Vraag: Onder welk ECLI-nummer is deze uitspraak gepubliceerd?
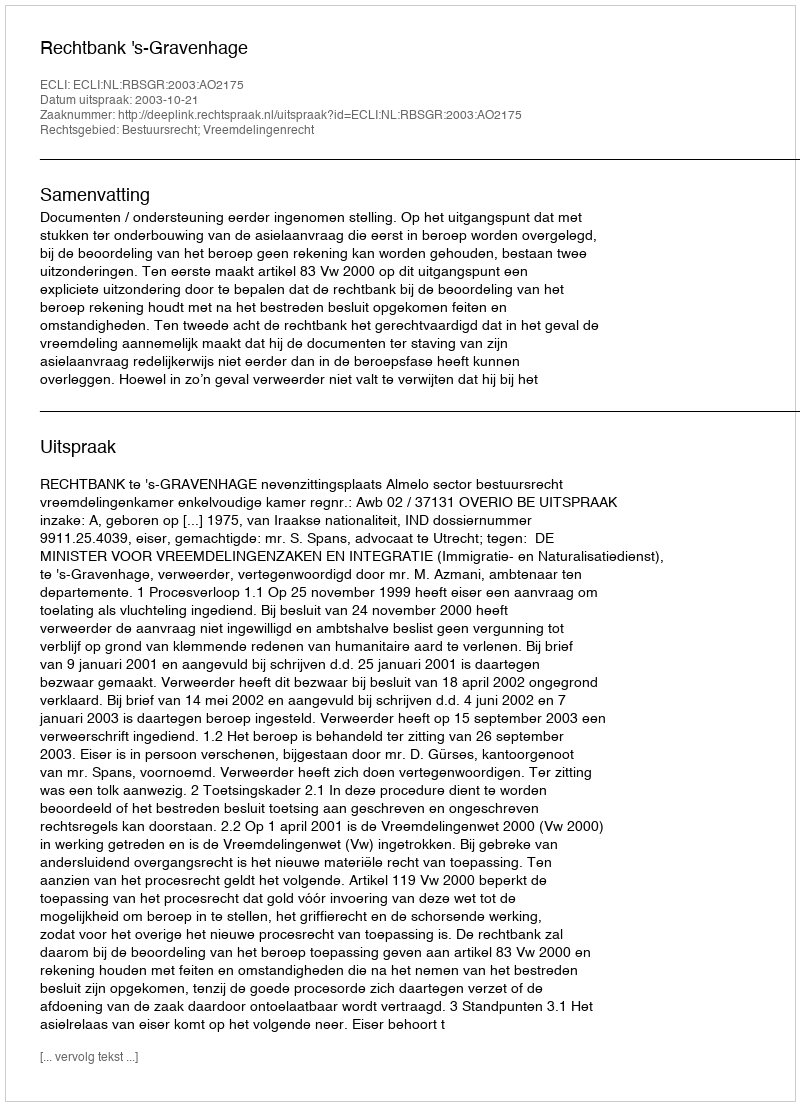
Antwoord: ECLI:NL:RBSGR:2003:AO2175